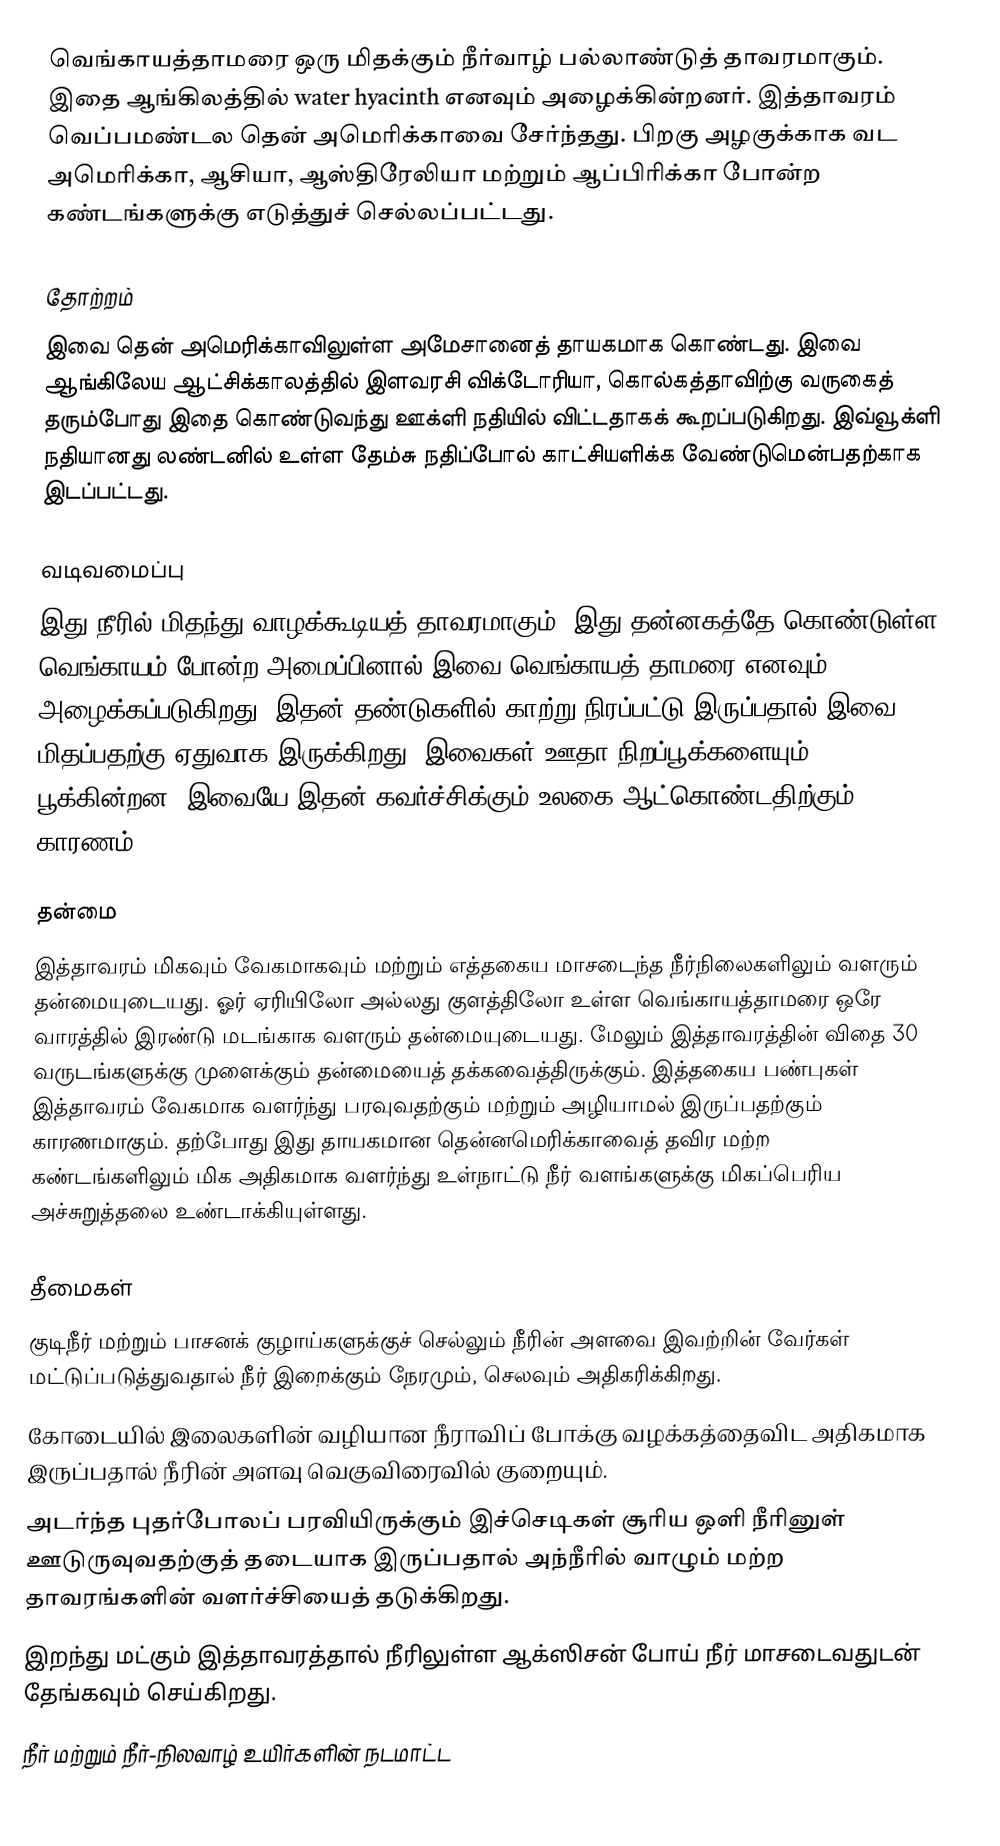
வெங்காயத்தாமரை ஒரு மிதக்கும் நீர்வாழ் பல்லாண்டுத் தாவரமாகும். இதை ஆங்கிலத்தில் water hyacinth எனவும் அழைக்கின்றனர். இத்தாவரம் வெப்பமண்டல தென் அமெரிக்காவை சேர்ந்தது. பிறகு அழகுக்காக வட அமெரிக்கா, ஆசியா, ஆஸ்திரேலியா மற்றும் ஆப்பிரிக்கா போன்ற கண்டங்களுக்கு எடுத்துச் செல்லப்பட்டது.

தோற்றம்
இவை தென் அமெரிக்காவிலுள்ள அமேசானைத் தாயகமாக கொண்டது. இவை ஆங்கிலேய ஆட்சிக்காலத்தில் இளவரசி விக்டோரியா, கொல்கத்தாவிற்கு வருகைத் தரும்போது இதை கொண்டுவந்து ஊக்ளி நதியில் விட்டதாகக் கூறப்படுகிறது. இவ்வூக்ளி நதியானது லண்டனில் உள்ள தேம்சு நதிப்போல் காட்சியளிக்க வேண்டுமென்பதற்காக இடப்பட்டது.

வடிவமைப்பு
இது நீரில் மிதந்து வாழக்கூடியத் தாவரமாகும். இது தன்னகத்தே கொண்டுள்ள வெங்காயம் போன்ற அமைப்பினால் இவை வெங்காயத் தாமரை எனவும் அழைக்கப்படுகிறது. இதன் தண்டுகளில் காற்று நிரப்பட்டு இருப்பதால் இவை மிதப்பதற்கு ஏதுவாக இருக்கிறது. இவைகள் ஊதா நிறப்பூக்களையும் பூக்கின்றன. இவையே இதன் கவர்ச்சிக்கும் உலகை ஆட்கொண்டதிற்கும் காரணம்.

தன்மை
இத்தாவரம் மிகவும் வேகமாகவும் மற்றும் எத்தகைய மாசடைந்த நீர்நிலைகளிலும் வளரும் தன்மையுடையது. ஓர் ஏரியிலோ அல்லது குளத்திலோ உள்ள வெங்காயத்தாமரை ஒரே வாரத்தில் இரண்டு மடங்காக வளரும் தன்மையுடையது. மேலும் இத்தாவரத்தின் விதை 30 வருடங்களுக்கு முளைக்கும் தன்மையைத் தக்கவைத்திருக்கும்.  இத்தகைய பண்புகள் இத்தாவரம் வேகமாக வளர்ந்து பரவுவதற்கும் மற்றும் அழியாமல் இருப்பதற்கும் காரணமாகும். தற்போது இது தாயகமான தென்னமெரிக்காவைத் தவிர மற்ற  கண்டங்களிலும்  மிக அதிகமாக வளர்ந்து உள்நாட்டு நீர் வளங்களுக்கு மிகப்பெரிய அச்சுறுத்தலை உண்டாக்கியுள்ளது.

தீமைகள்
 குடிநீர் மற்றும் பாசனக் குழாய்களுக்குச் செல்லும் நீரின் அளவை இவற்றின் வேர்கள் மட்டுப்படுத்துவதால் நீர் இறைக்கும் நேரமும், செலவும் அதிகரிக்கிறது.
 கோடையில் இலைகளின் வழியான நீராவிப் போக்கு வழக்கத்தைவிட அதிகமாக இருப்பதால் நீரின் அளவு வெகுவிரைவில் குறையும்.
 அடர்ந்த புதர்போலப் பரவியிருக்கும் இச்செடிகள் சூரிய ஒளி நீரினுள் ஊடுருவுவதற்குத் தடையாக இருப்பதால் அந்நீரில் வாழும் மற்ற தாவரங்களின் வளர்ச்சியைத் தடுக்கிறது.
 இறந்து மட்கும் இத்தாவரத்தால் நீரிலுள்ள ஆக்ஸிசன் போய் நீர் மாசடைவதுடன் தேங்கவும் செய்கிறது.
 நீர் மற்றும் நீர்-நிலவாழ் உயிர்களின் நடமாட்ட